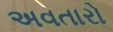
અવતારો